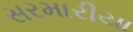
સરમારીયા